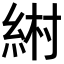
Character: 𦀹